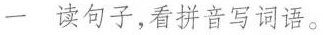
一 读句子，看拼音写词语。